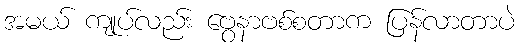
အမယ် ကျုပ်လည်း ဗွေနာဗစ်စတာက ပြန်လာတာပဲ